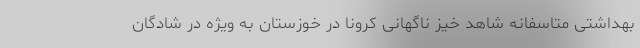
بهداشتی متاسفانه شاهد خیز ناگهانی کرونا در خوزستان به ویژه در شادگان